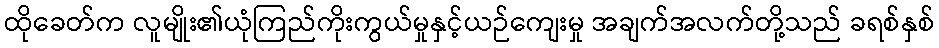
ထိုခေတ်က လူမျိုး၏ယုံကြည်ကိုးကွယ်မှုနှင့်ယဉ်ကျေးမှု အချက်အလက်တို့သည် ခရစ်နှစ်